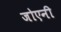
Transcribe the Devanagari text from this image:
जोएनी